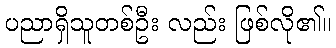
ပညာရှိသူတစ်ဦး လည်း ဖြစ်လို၏။